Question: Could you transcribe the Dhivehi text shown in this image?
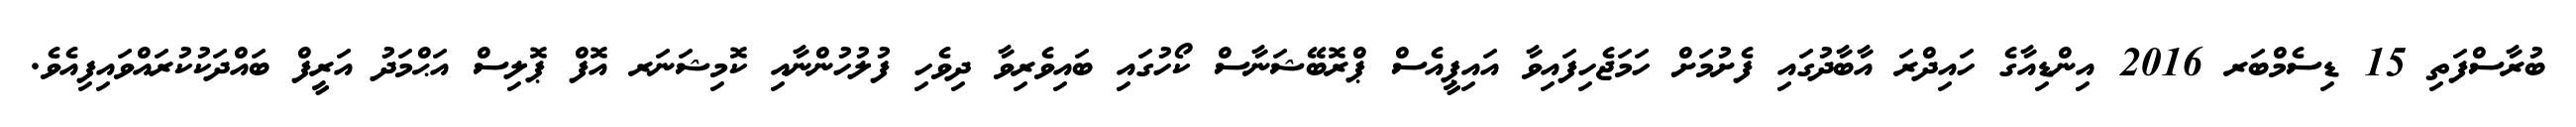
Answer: ބުރާސްފަތި 15 ޑިސެމްބަރ 2016 އިންޑިއާގެ ހައިދްރަ އާބާދުގައި ފެށުމަށް ހަމަޖެހިފައިވާ އައިޕީއެސް ޕްރޮބޭޝަނާސް ކޯހުގައި ބައިވެރިވާ ދިވެހި ފުލުހުންނާއި ކޮމިޝަނަރ އޮފް ޕޮލިސް އަޙްމަދު އަރީފް ބައްދަކުކުރައްވައިފިއެވެ.